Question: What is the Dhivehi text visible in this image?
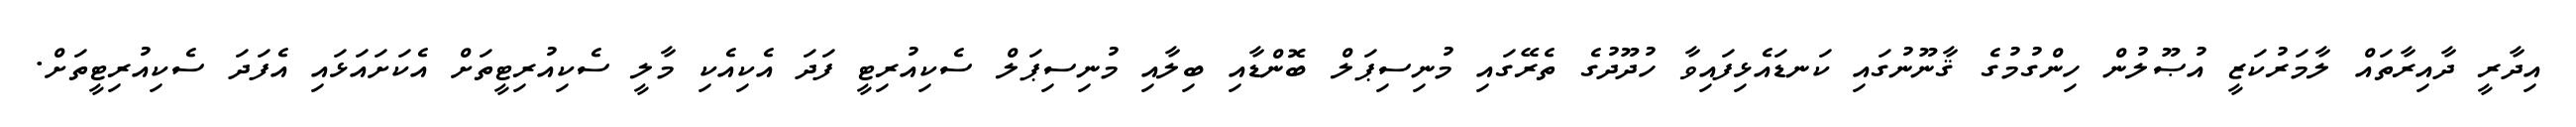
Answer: އިދާރީ ދާއިރާތައް ލާމަރުކަޒީ އުޞޫލުން ހިންގުމުގެ ޤާނޫނުގައި ކަނޑައެޅިފައިވާ ހުދޫދުގެ ތެރޭގައި މުނިސިޕަލް ބޮންޑާއި ބިލާއި މުނިސިޕަލް ސެކިއުރިޓީ ފަދަ އެކިއެކި މާލީ ސެކިއުރިޓީތަށް އެކަށައަޅައި އެފަދަ ސެކިއުރިޓީތަށް.